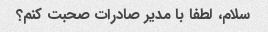
سلام، لطفا با مدیر صادرات صحبت کنم؟